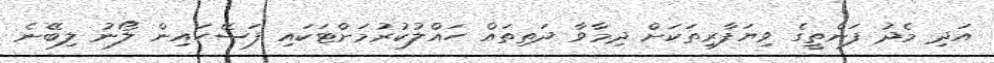
އަދި މެދު ފަންތީގެ ވިޔަފާރިތަކަށް ދިމާވާ ދަތިތައް ހައްލުކުރުމަށްޓަކައި ފަސޭހައިން ލޯނު ލިބޭނެ